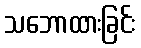
သဘောထားခြင်း